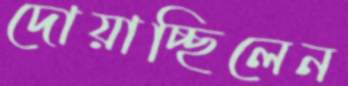
দোয়াচ্ছিলেন